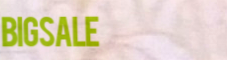
BigSale